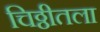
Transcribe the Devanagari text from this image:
चिठ्ठीतला